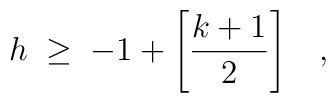
h \;\geq\; -1 + \left[ \frac{k+1}{2} \right] \;\;\; ,